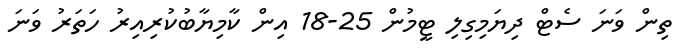
ތިން ވަނަ ސެޓް ދިޔަމިގިލި ޓީމުން 25-18 އިން ކާމިޔާބުކުރިއިރު ހަތަރު ވަނަ